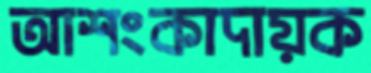
আশংকাদায়ক